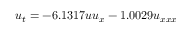
u _ { t } = - 6 . 1 3 1 7 u u _ { x } - 1 . 0 0 2 9 u _ { x x x }